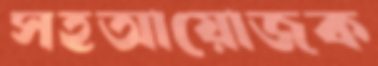
সহআয়োজক